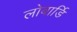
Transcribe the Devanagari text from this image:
लोबार्डि